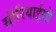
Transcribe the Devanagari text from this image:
सीरियाईयों